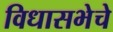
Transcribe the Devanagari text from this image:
विधासभेचे